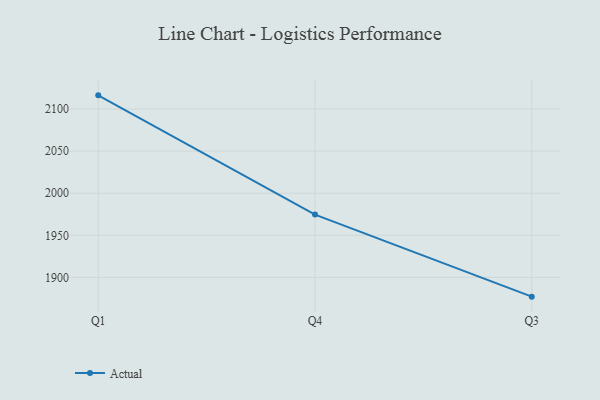
{"axis": {"x": "Quarter", "y": "Inventory Turnover"}, "legend": ["Actual"], "data": [{"x": "Q1", "y": 2116.3, "type": "Actual"}, {"x": "Q4", "y": 1974.6, "type": "Actual"}, {"x": "Q3", "y": 1877.1, "type": "Actual"}]}